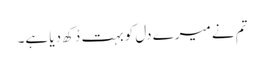
تم نے میرے دل کو بہت دُکھ دیا ہے۔